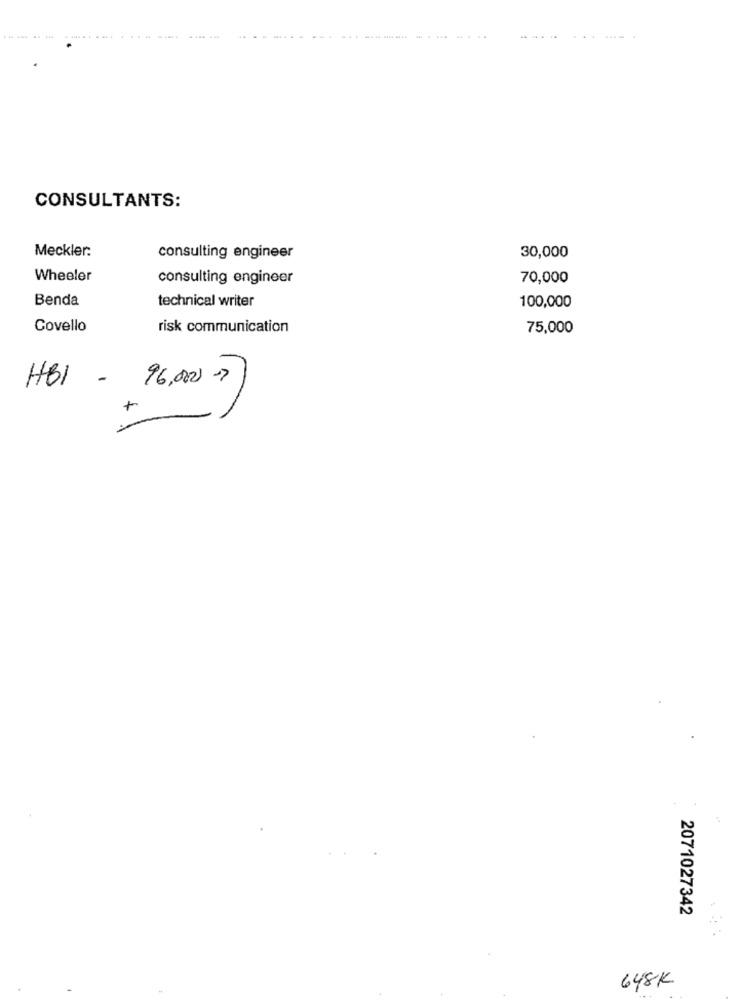
------.
CONSULTANTS:
Meckler:
consulting engineer
30,000
Wheeler
consulting engineer
70,000
Benda
technical writer
100,000
Covello
risk communication
75,000
HBI
-96,0007
+
2071027342
648K